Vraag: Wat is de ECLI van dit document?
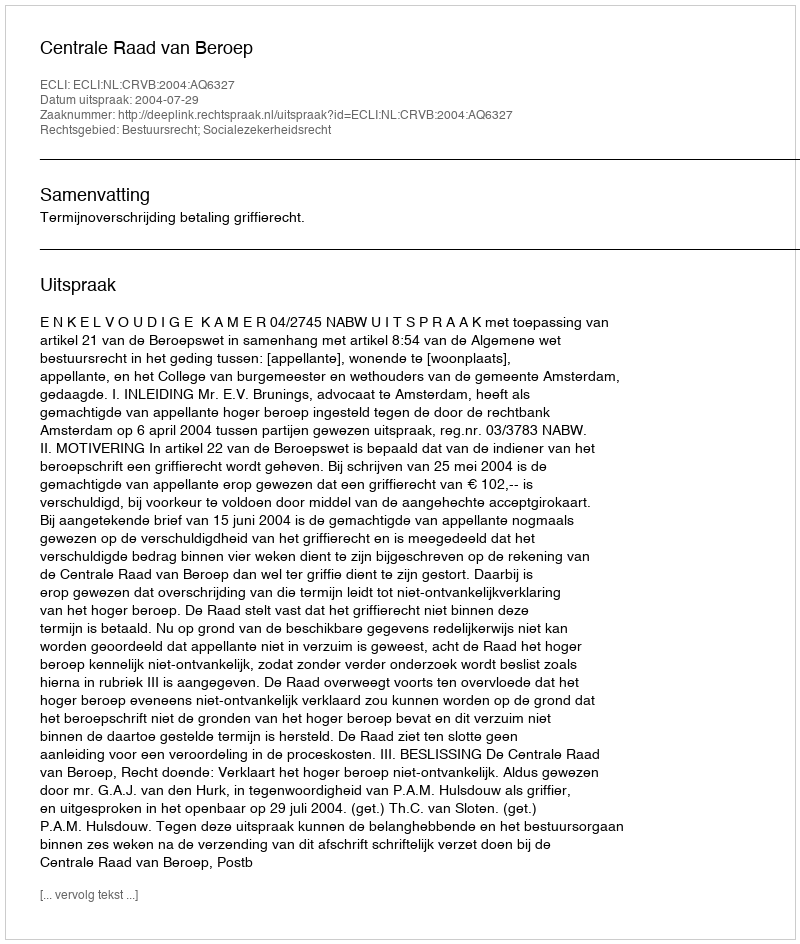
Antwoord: ECLI:NL:CRVB:2004:AQ6327